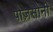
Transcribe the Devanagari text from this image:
पोज़सोनी